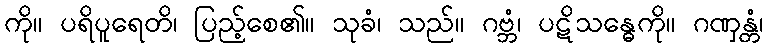
ကို။ ပရိပူရေတိ၊ ပြည့်စေ၏။ သုခံ၊ သည်။ ဂဗ္ဘံ၊ ပဋိသန္ဓေကို။ ဂဏှန္တံ၊